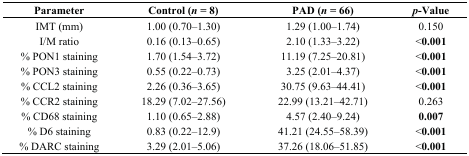
<table><thead><tr><td><b>Parameter</b></td><td><b>Control (<i>n</i> = 8)</b></td><td><b>PAD (<i>n</i> = 66)</b></td><td><b><i>p</i>-Value</b></td></tr></thead><tbody><tr><td>IMT (mm)</td><td>1.00 (0.70–1.30)</td><td>1.29 (1.00–1.74)</td><td>0.150</td></tr><tr><td>I/M ratio</td><td>0.16 (0.13–0.65)</td><td>2.10 (1.33–3.22)</td><td>&lt;<b>0.001</b></td></tr><tr><td>% PON1 staining</td><td>1.70 (1.54–3.72)</td><td>11.19 (7.25–20.81)</td><td>&lt;<b>0.001</b></td></tr><tr><td>% PON3 staining</td><td>0.55 (0.22–0.73)</td><td>3.25 (2.01–4.37)</td><td>&lt;<b>0.001</b></td></tr><tr><td>% CCL2 staining</td><td>2.26 (0.36–3.65)</td><td>30.75 (9.63–44.41)</td><td>&lt;<b>0.001</b></td></tr><tr><td>% CCR2 staining</td><td>18.29 (7.02–27.56)</td><td>22.99 (13.21–42.71)</td><td>0.263</td></tr><tr><td>% CD68 staining</td><td>1.10 (0.65–2.88)</td><td>4.57 (2.40–9.24)</td><td><b>0.007</b></td></tr><tr><td>% D6 staining</td><td>0.83 (0.22–12.9)</td><td>41.21 (24.55–58.39)</td><td>&lt;<b>0.001</b></td></tr><tr><td>% DARC staining</td><td>3.29 (2.01–5.06)</td><td>37.26 (18.06–51.85)</td><td>&lt;<b>0.001</b></td></tr></tbody></table>